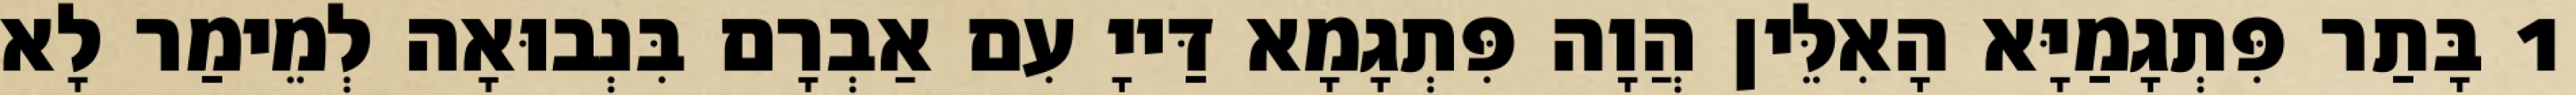
1 בָּתַר פִּתְגָמַיָּא הָאִלֵּין הֲוָה פִּתְגָמָא דַּייָ עִם אַבְרָם בִּנְבוּאָה לְמֵימַר לָא